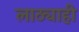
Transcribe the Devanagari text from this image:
लाठ्याही